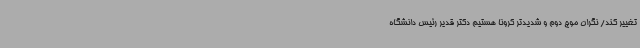
تغییر کند/ نگران موج دوم و شدیدتر کرونا هستیم دکتر قدیر رئیس دانشگاه